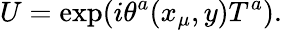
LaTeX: U=\exp(i\theta^{a}(x_{\mu},y)T^{a}).